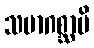
သမာဂစ္ဆာမိ